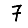
Digit: 7